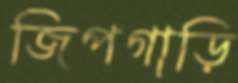
জিপগাড়ি